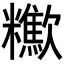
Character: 𣤹